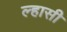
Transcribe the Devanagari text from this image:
ल्हासी